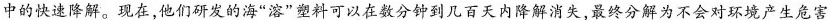
中的快速降解。现在，他们研发的海”溶”塑料可以在数分钟到几百天内降解消失，最终分解为不会对环境产生危害